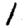
Digit: 1